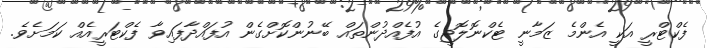
ފެކްޓްރީ އަކީ އެންމެ ޒަމާނީ ޓެކްނޮލޮޖީގެ އުފެއްދުންތައް ބޭނުންކޮށްގެން އުފައްދާފައިވާ ފެކްޓަރީއެއް ކަމަށެވެ.